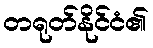
တရုတ်နိုင်ငံ၏